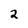
Character: 2